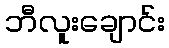
ဘီလူးချောင်း